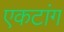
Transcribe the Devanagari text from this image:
एकटांग